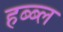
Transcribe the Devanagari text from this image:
हब्ब्ल